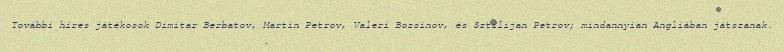
További híres játékosok Dimitar Berbatov, Martin Petrov, Valeri Bozsinov, és Sztilijan Petrov; mindannyian Angliában játszanak.